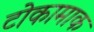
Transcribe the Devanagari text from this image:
टोकामाक